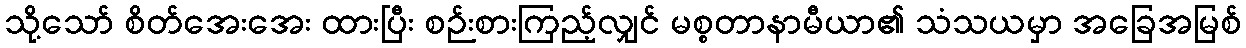
သို့သော် စိတ်အေးအေး ထားပြီး စဉ်းစားကြည့်လျှင် မစ္စတာနာမီယာ၏ သံသယမှာ အခြေအမြစ်